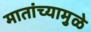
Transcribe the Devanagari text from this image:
मातांच्यामुळे